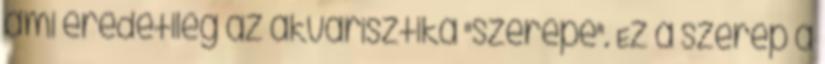
ami eredetileg az akvarisztika "szerepe". Ez a szerep a